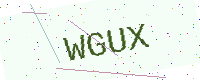
Text: WGUX